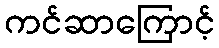
ကင်ဆာကြောင့်